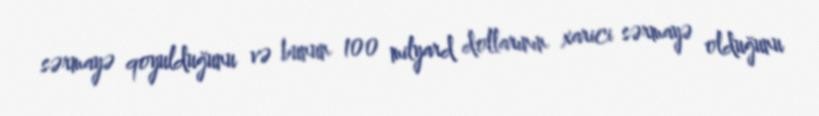
sərmayə qoyulduğunu və bunun 100 milyard dollarının xarici sərmayə olduğunu